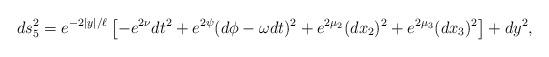
LaTeX: \begin{align*} ds_5^2 = e^{-2|y|/\ell}\left[-e^{2\nu}dt^2 + e^{2\psi}(d\phi-\omega dt)^2 + e^{2\mu_2}(dx_2)^2 + e^{2\mu_3}(dx_3)^2\right] + dy^2,\end{align*}